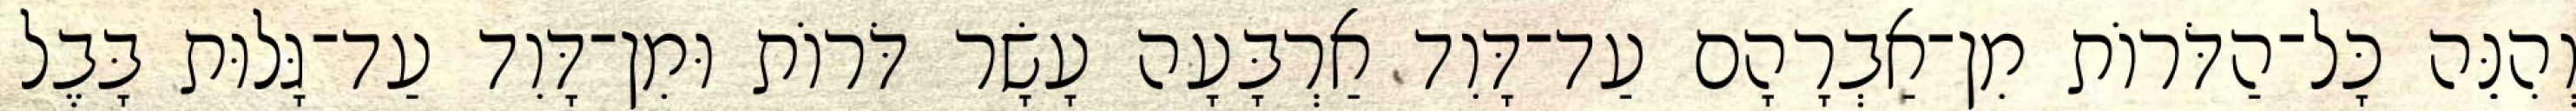
וְהִנֵּה כָּל־הַדֹּרוֹת מִן־אַבְרָהָם עַד־דָּוִד אַרְבָּעָה עָשָׂר דֹּרוֹת וּמִן־דָּוִד עַד־גָּלוּת בָּבֶל